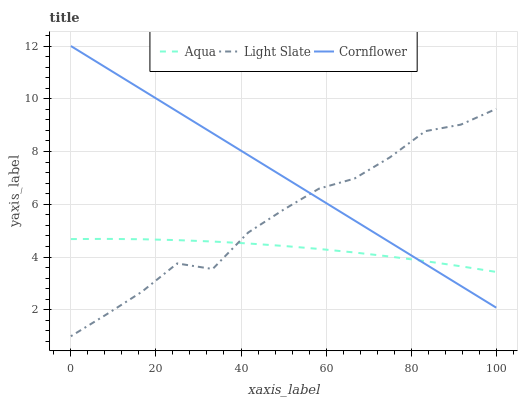
| xaxis_label | Aqua | Light Slate | Cornflower |
 | --- | --- | --- | --- |
 | 0 | 4.68 | 1 | 12 |
 | 8.33 | 4.69 | 1.82 | 11.2 |
 | 16.7 | 4.68 | 2.68 | 10.3 |
 | 25 | 4.64 | 3.76 | 9.52 |
 | 33.3 | 4.59 | 3.55 | 8.69 |
 | 41.7 | 4.52 | 4.93 | 7.87 |
 | 50 | 4.42 | 5.8 | 7.04 |
 | 58.3 | 4.31 | 6.59 | 6.22 |
 | 66.7 | 4.17 | 6.98 | 5.39 |
 | 75 | 4.02 | 7.78 | 4.56 |
 | 83.3 | 3.85 | 8.77 | 3.74 |
 | 91.7 | 3.65 | 9.02 | 2.91 |
 | 100 | 3.44 | 9.62 | 2.08 |